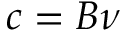
c = B \nu